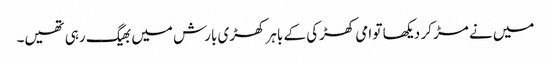
میں‌ نے مڑ کر دیکھا تو امی کھڑکی کے باہر کھڑی بارش میں‌ بھیگ رہی تھیں۔